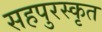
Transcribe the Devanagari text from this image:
सहपुरस्कृत